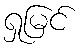
ရှုမြင်